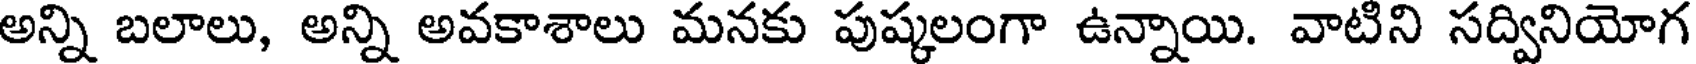
అన్ని బలాలు, అన్ని అవకాశాలు మనకు పుష్కలంగా ఉన్నాయి. వాటిని సద్వినియోగ